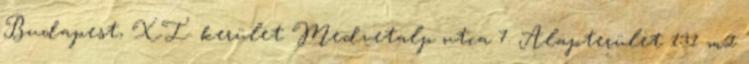
Budapest, XI. kerület Medvetalp utca 7. Alapterület 131 m2